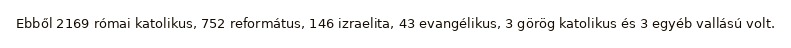
Ebből 2169 római katolikus, 752 református, 146 izraelita, 43 evangélikus, 3 görög katolikus és 3 egyéb vallású volt.